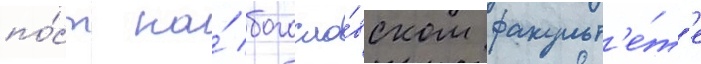
по́ст на́ богосло́вском факульт'е́т'е